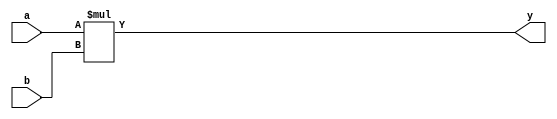
`timescale 1ns / 1ps
//////////////////////////////////////////////////////////////////////////////////
// Company: 
// Engineer: 
// 
// Design Name: 
// Module Name: mult
// Project Name: 
// Target Devices: 
// Tool Versions: 
// Description: 
// 
// Dependencies: 
// 
// Revision:
// Revision 0.01 - File Created
// Additional Comments:
// 
//////////////////////////////////////////////////////////////////////////////////


module multu(
    input wire[31:0] a,
    input wire[31:0] b,
    output wire[63:0] y
    );
    assign y = a * b;
endmodule